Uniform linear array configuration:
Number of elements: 8
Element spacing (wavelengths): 0.75
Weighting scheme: cosine
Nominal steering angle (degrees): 30
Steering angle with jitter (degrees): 30.412
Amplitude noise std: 0.05
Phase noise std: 0.05

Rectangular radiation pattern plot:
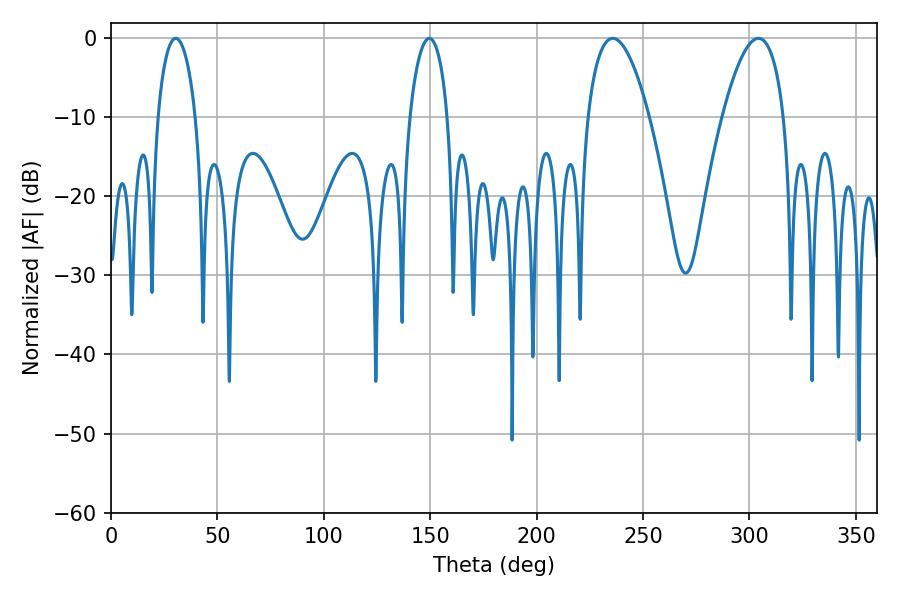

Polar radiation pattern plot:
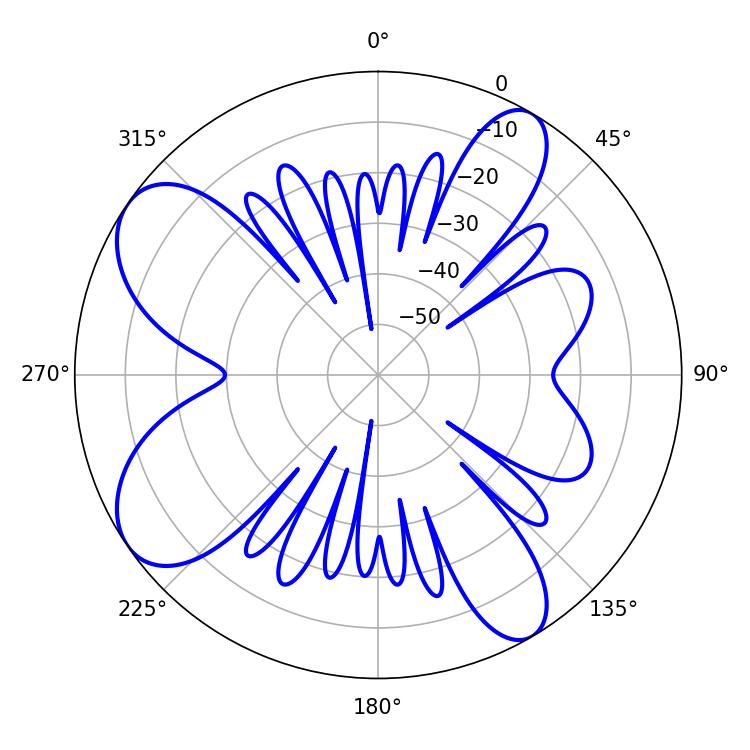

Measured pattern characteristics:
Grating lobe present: TRUE
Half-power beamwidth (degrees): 10.08
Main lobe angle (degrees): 30.42